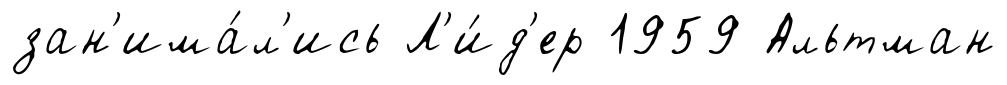
зан'има́л'ись Л'и́д'ер 1959 Альтман